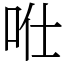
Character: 𠱊